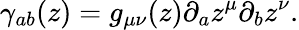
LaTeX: \gamma_{ab}(z)=g_{\mu\nu}(z)\partial_{a}z^{\mu}\partial_{b}z^{\nu}.